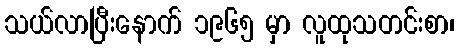
သယ်လာပြီးနောက် ၁၉၆၅ မှာ လူထုသတင်းစာ၊